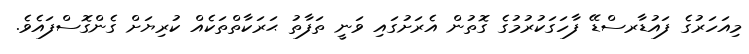
މިއަހަރުގެ ފައުޑާރސްޑޭ ފާހަގަކުރުމުގެ ގޮތުން އެރަށުގައި ވަނީ ތަފާތު ޙަރަކާތްތަކެއް ކުރިޔަށް ގެންގޮސްފައެވެ.